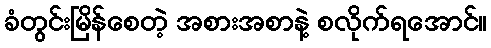
ခံတွင်းမြိန်စေတဲ့ အစားအစာနဲ့ စလိုက်ရအောင်။